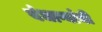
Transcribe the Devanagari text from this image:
बंधाऱ्यांनी